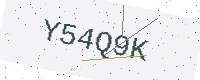
Text: Y54Q9K